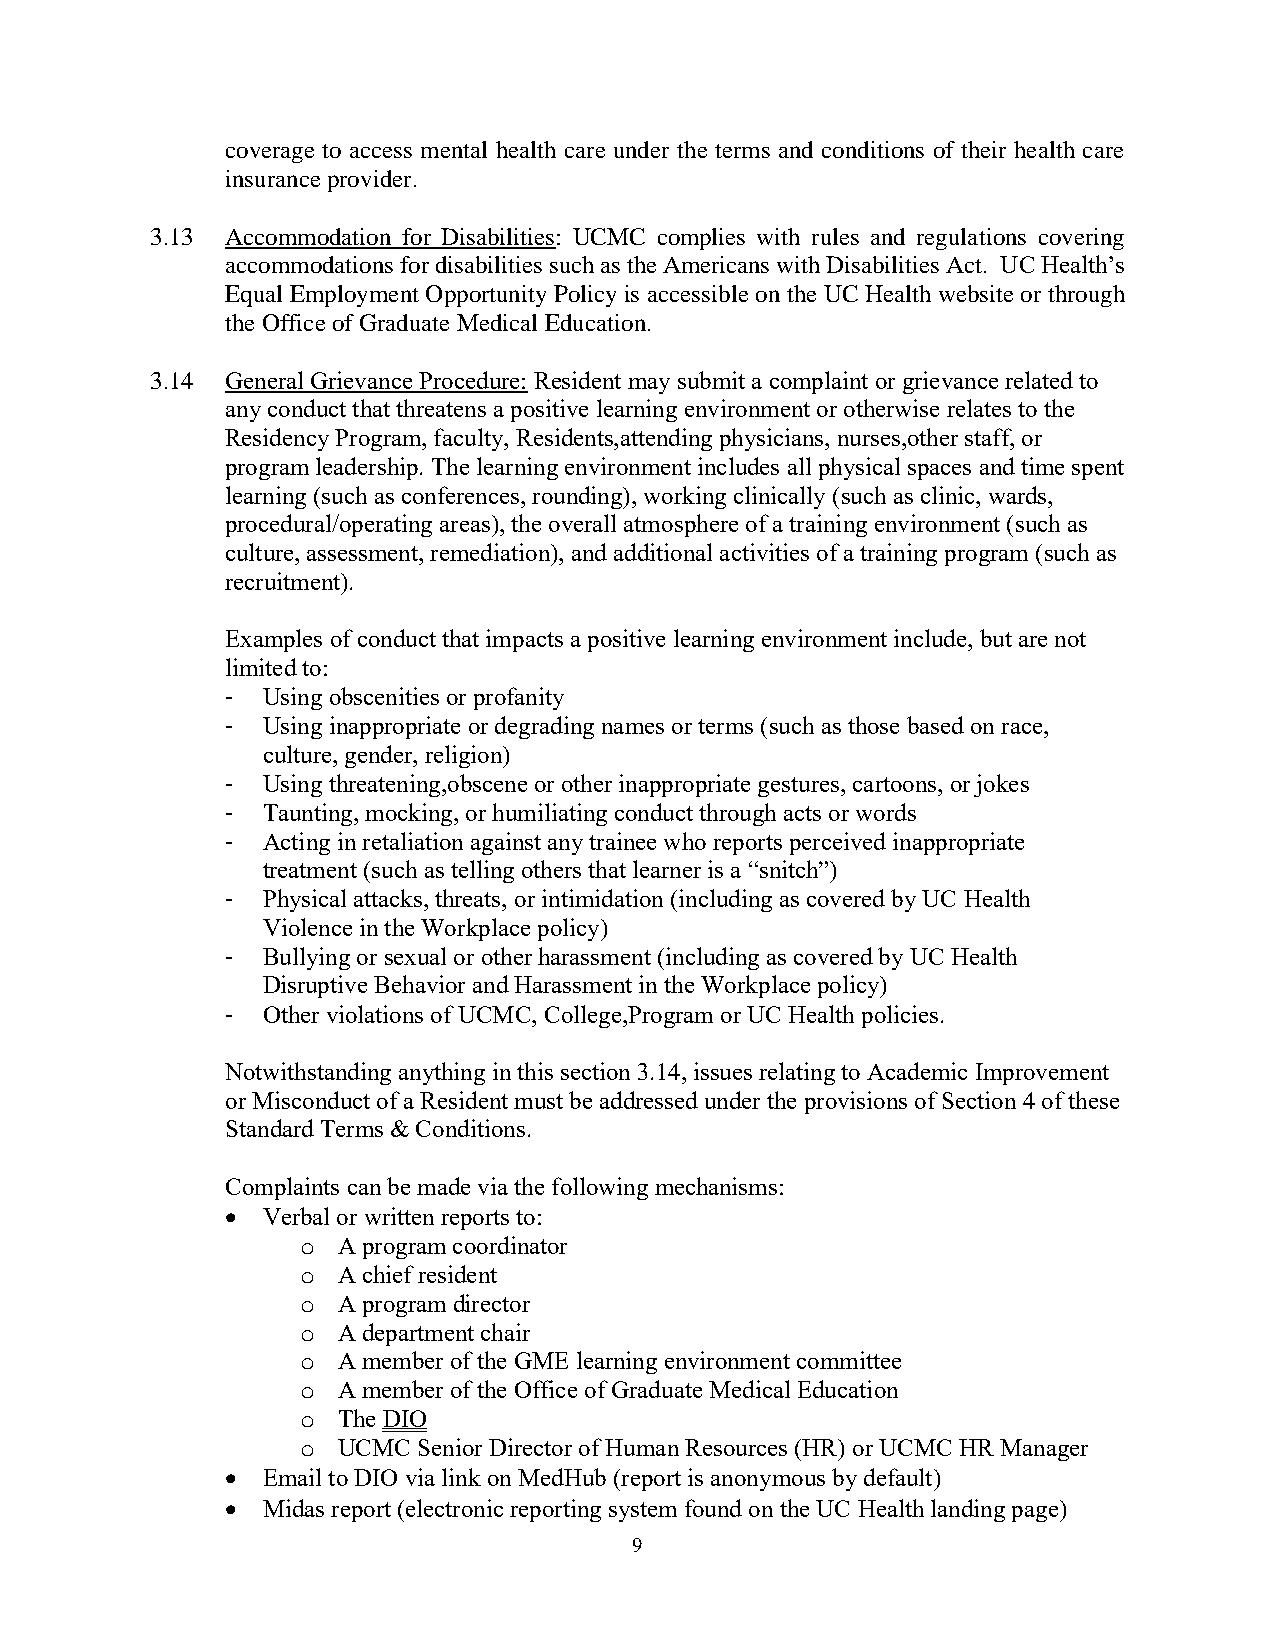
coverage to access mental health care under the terms and conditions of their health care
 insurance provider.
 3.13 Accommodation for Disabilities: UCMC complies with rules and regulations covering
 accommodations for disabilities such as the Americans with Disabilities Act. UC Health’s
 Equal Employment Opportunity Policy is accessible on the UC Health website or through
 the Office of Graduate Medical Education.
 3.14 General Grievance Procedure: Resident may submit a complaint or grievance related to
 any conduct that threatens a positive learning environment or otherwise relates to the
 Residency Program, faculty, Residents,attending physicians, nurses,other staff, or
 program leadership. The learning environment includes all physical spaces and time spent
 learning (such as conferences, rounding), working clinically (such as clinic, wards,
 procedural/operating areas), the overall atmosphere of a training environment (such as
 culture, assessment, remediation), and additional activities of a training program (such as
 recruitment).
 Examples of conduct that impacts a positive learning environment include, but are not
 limited to:
 - Using obscenities or profanity
 - Using inappropriate or degrading names or terms (such as those based on race,
 culture, gender, religion)
 - Using threatening,obscene or other inappropriate gestures, cartoons, or jokes
 - Taunting, mocking, or humiliating conduct through acts or words
 - Acting in retaliation against any trainee who reports perceived inappropriate
 treatment (such as telling others that learner is a “snitch”)
 - Physical attacks, threats, or intimidation (including as covered by UC Health
 Violence in the Workplace policy)
 - Bullying or sexual or other harassment (including as covered by UC Health
 Disruptive Behavior and Harassment in the Workplace policy)
 - Other violations of UCMC, College,Program or UC Health policies.
 Notwithstanding anything in this section 3.14, issues relating to Academic Improvement
 or Misconduct of a Resident must be addressed under the provisions of Section 4 of these
 Standard Terms & Conditions.
 Complaints can be made via the following mechanisms:
 • Verbal or written reports to:
 o A program coordinator
 o A chief resident
 o A program director
 o A department chair
 o A member of the GME learning environment committee
 o A member of the Office of Graduate Medical Education
 o The DIO
 o UCMC  Senior Director of Human Resources (HR) or UCMC HR Manager
 • Email to DIO via link on MedHub (report is anonymous by default)
 • Midas report (electronic reporting system found on the UC Health landing page)
 9